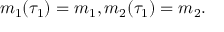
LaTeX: m _ { 1 } ( \tau _ { 1 } ) = m _ { 1 } , m _ { 2 } ( \tau _ { 1 } ) = m _ { 2 } .